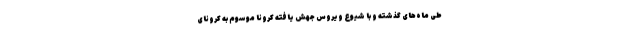
طی ماه‌های گذشته و با شیوع ویروس جهش یافته کرونا موسوم به کرونای